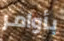
بأوامر